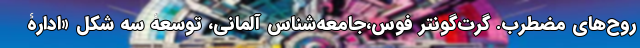
روح‌های مضطرب. گرت‌گونتر فوس،جامعه‌شناس آلمانی، توسعۀ سه شکل «ادارۀ